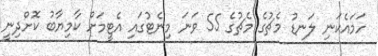
ހަމައެކަނި ލަނޑު މެޗުގެ މެޗުގެ 55 ވަނަ މިނެޓުގައި އެޓީމަށް ކާމިޔާބު ކޮށްދިނީ